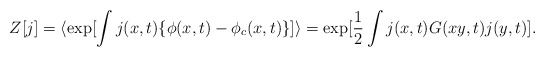
\begin{align*}Z[j] = \langle \exp[\int j(x,t) \{ \phi(x,t) - \phi_c(x,t) \} ] \rangle = \exp[\frac{1}{2} \int j(x,t) G(xy,t) j(y,t)].\end{align*}